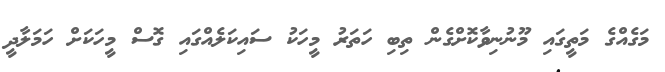
މަގެއްގެ މަތީގައި މޫނުނިވާކޮށްގެން ތިބި ހަތަރު މީހަކު ސައިކަލެއްގައި ގޮސް މީހަކަށް ހަމަލާދީ